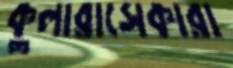
কুলারাসেকারা